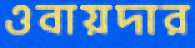
ওবায়দার